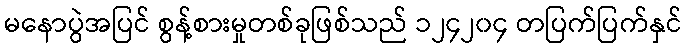
မနောပွဲအပြင် စွန့်စားမှုတစ်ခုဖြစ်သည် ၁၂၄၂၀၄ တပြက်ပြက်နှင်